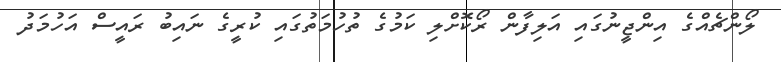
ލޯންޗެއްގެ އިންޖީނުގައި އަލިފާން ރޯކޮށްލި ކަމުގެ ތުހުމަތުގައި ކުރީގެ ނައިބު ރައީސް އަހުމަދު